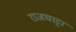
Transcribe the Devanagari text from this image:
राजघाट्टा